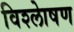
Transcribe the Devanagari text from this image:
विश्लेाषण